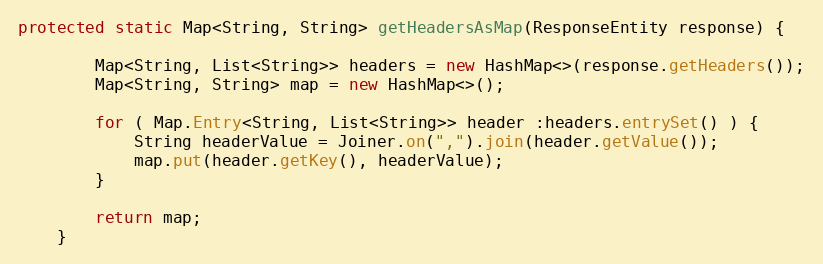
Language: Java
protected static Map<String, String> getHeadersAsMap(ResponseEntity response) {

        Map<String, List<String>> headers = new HashMap<>(response.getHeaders());
        Map<String, String> map = new HashMap<>();

        for ( Map.Entry<String, List<String>> header :headers.entrySet() ) {
            String headerValue = Joiner.on(",").join(header.getValue());
            map.put(header.getKey(), headerValue);
        }

        return map;
    }